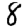
Digit: 8